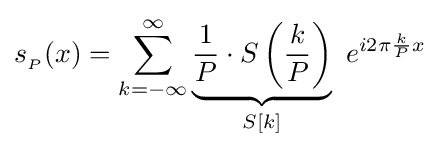
s_{_{P}}(x)=\sum _{k=-\infty }^{\infty }\underbrace {{\frac {1}{P}}\cdot S\left({\frac {k}{P}}\right)} _{S[k]}\ e^{i2\pi {\frac {k}{P}}x}